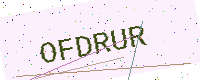
Text: OFDRUR